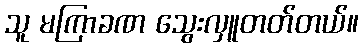
သူ မကြာခဏ သွေးလှူတတ်တယ်။